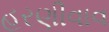
હરણીવાવ